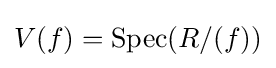
{\textstyle V(f)=\operatorname {Spec} (R/(f))}